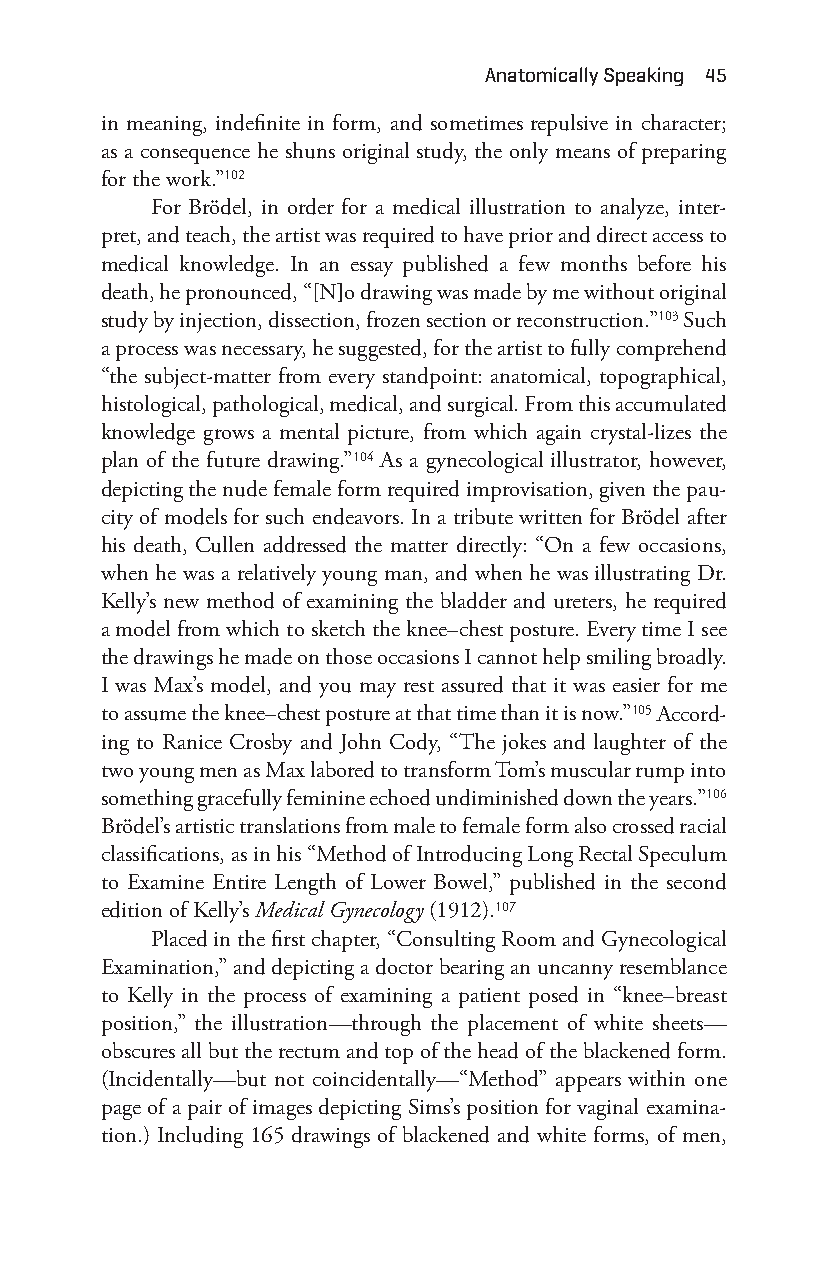
anatomically Speaking 45
 in meaning, indefinite in form, and sometimes repulsive in character;
 as a consequence he shuns original study, the only means of preparing
 for the work.”102
 For Brödel, in order for a medical illustration to analyze, inter-
 pret, and teach, the artist was required to have prior and direct access to
 medical knowledge. In an essay published a few months before his
 death, he pronounced, “[N]o drawing was made by me without original
 study by injection, dissection, frozen section or reconstruction.”103 Such
 a process was necessary, he suggested, for the artist to fully comprehend
 “the subject- matter from every standpoint: anatomical, topographical,
 histological, pathological, medical, and surgical. From this accumulated
 knowledge grows a mental picture, from which again crystal- lizes the
 plan of the future drawing.”104 As a gynecological illustrator, however,
 depicting the nude female form required improvisation, given the pau-
 city of models for such endeavors. In a tribute written for Brödel after
 his death, Cullen addressed the matter directly: “On a few occasions,
 when he was a relatively young man, and when he was illustrating Dr.
 Kelly’s new method of examining the bladder and ureters, he required
 a model from which to sketch the knee–c hest posture. Every time I see
 the drawings he made on those occasions I cannot help smiling broadly.
 I was Max’s model, and you may rest assured that it was easier for me
 to assume the knee– chest posture at that time than it is now.”105 Accord-
 ing to Ranice Crosby and John Cody, “The jokes and laughter of the
 two young men as Max labored to transform Tom’s muscular rump into
 something gracefully feminine echoed undiminished down the years.”106
 Brödel’s artistic translations from male to female form also crossed racial
 classifications, as in his “Method of Introducing Long Rectal Speculum
 to Examine Entire Length of Lower Bowel,” published in the second
 edition of Kelly’s Medical Gynecology (1912).107
 Placed in the first chapter, “Consulting Room and Gynecological
 Examination,” and depicting a doctor bearing an uncanny resemblance
 to Kelly in the process of examining a patient posed in “knee– breast
 position,” the illustration—t hrough the placement of white sheets—
 obscures all but the rectum and top of the head of the blackened form.
 (Incidentally— but not coincidentally— “Method” appears within one
 page of a pair of images depicting Sims’s position for vaginal examina-
 tion.) Including 165 drawings of blackened and white forms, of men,
 Snorton.indd 45                             29/09/2017 8:40:59 AM